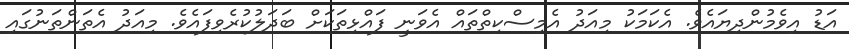
އަޑު އިވެމުންދިޔައެވެ. އެކަމަކު މިއަދު އެމިސްކިތްތައް އެވަނީ ފައްޅިތަކަށް ބަދަލުކުރެވިފައެވެ. މިއަދު އެތަންތަނުގައި